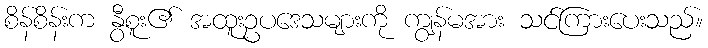
စိန်စိန်းက နွီစူး၏ အထူးဥပဒေသများကို ကျွန်မအား သင်ကြားပေးသည်။